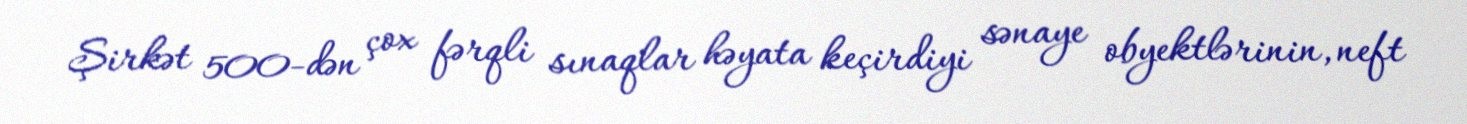
Şirkət 500-dən çox fərqli sınaqlar həyata keçirdiyi sənaye obyektlərinin, neft